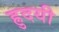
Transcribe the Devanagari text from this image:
ह्रुदयी